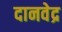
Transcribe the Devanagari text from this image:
दानवेद्र